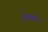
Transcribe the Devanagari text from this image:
सङगम